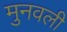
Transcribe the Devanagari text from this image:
मुनवली